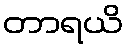
တာရယိ